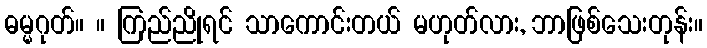
ဓမ္မဂုတ်။ ။ ကြည်ညိုရင် သာကောင်းတယ် မဟုတ်လား, ဘာဖြစ်သေးတုန်း။